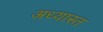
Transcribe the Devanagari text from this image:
अध्यास्त